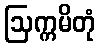
ဩက္ကမိတုံ